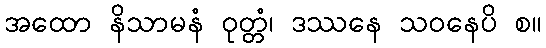
အထော နိသာမနံ ဝုတ္တံ၊ ဒဿနေ သဝနေပိ စ။